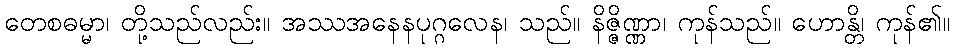
တေစဓမ္မာ၊ တို့သည်လည်း။ အဿအနေနပုဂ္ဂလေန၊ သည်။ နိဇ္ဇိဏ္ဏာ၊ ကုန်သည်။ ဟောန္တိ၊ ကုန်၏။